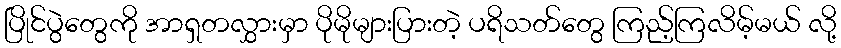
ပြိုင်ပွဲတွေကို အာရှတလွှားမှာ ပိုမိုများပြားတဲ့ ပရိသတ်တွေ ကြည့်ကြလိမ့်မယ် လို့